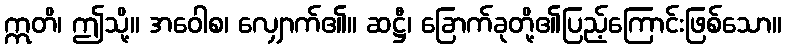
ဣတိ၊ ဤသို့။ အဝေါစ၊ လျှောက်၏။ ဆဋ္ဌီ၊ ခြောက်ခုတို့၏ပြည့်ကြောင်းဖြစ်သော။